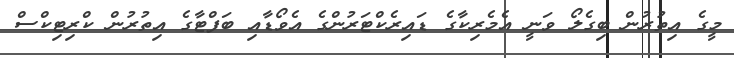
މީގެ އިތުރުން ބިގެލޯ ވަނީ އެމެރިކާގެ ޑައިރެކްޓަރުންގެ އެވޯޑާއި ބަފްޓާގެ އިތުރުން ކްރިޓިކްސް